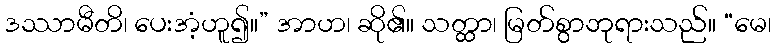
ဒဿာမီတိ၊ ပေးအံ့ဟူ၍။” အာဟ၊ ဆို၏။ သတ္ထာ၊ မြတ်စွာဘုရားသည်။ “မေ၊